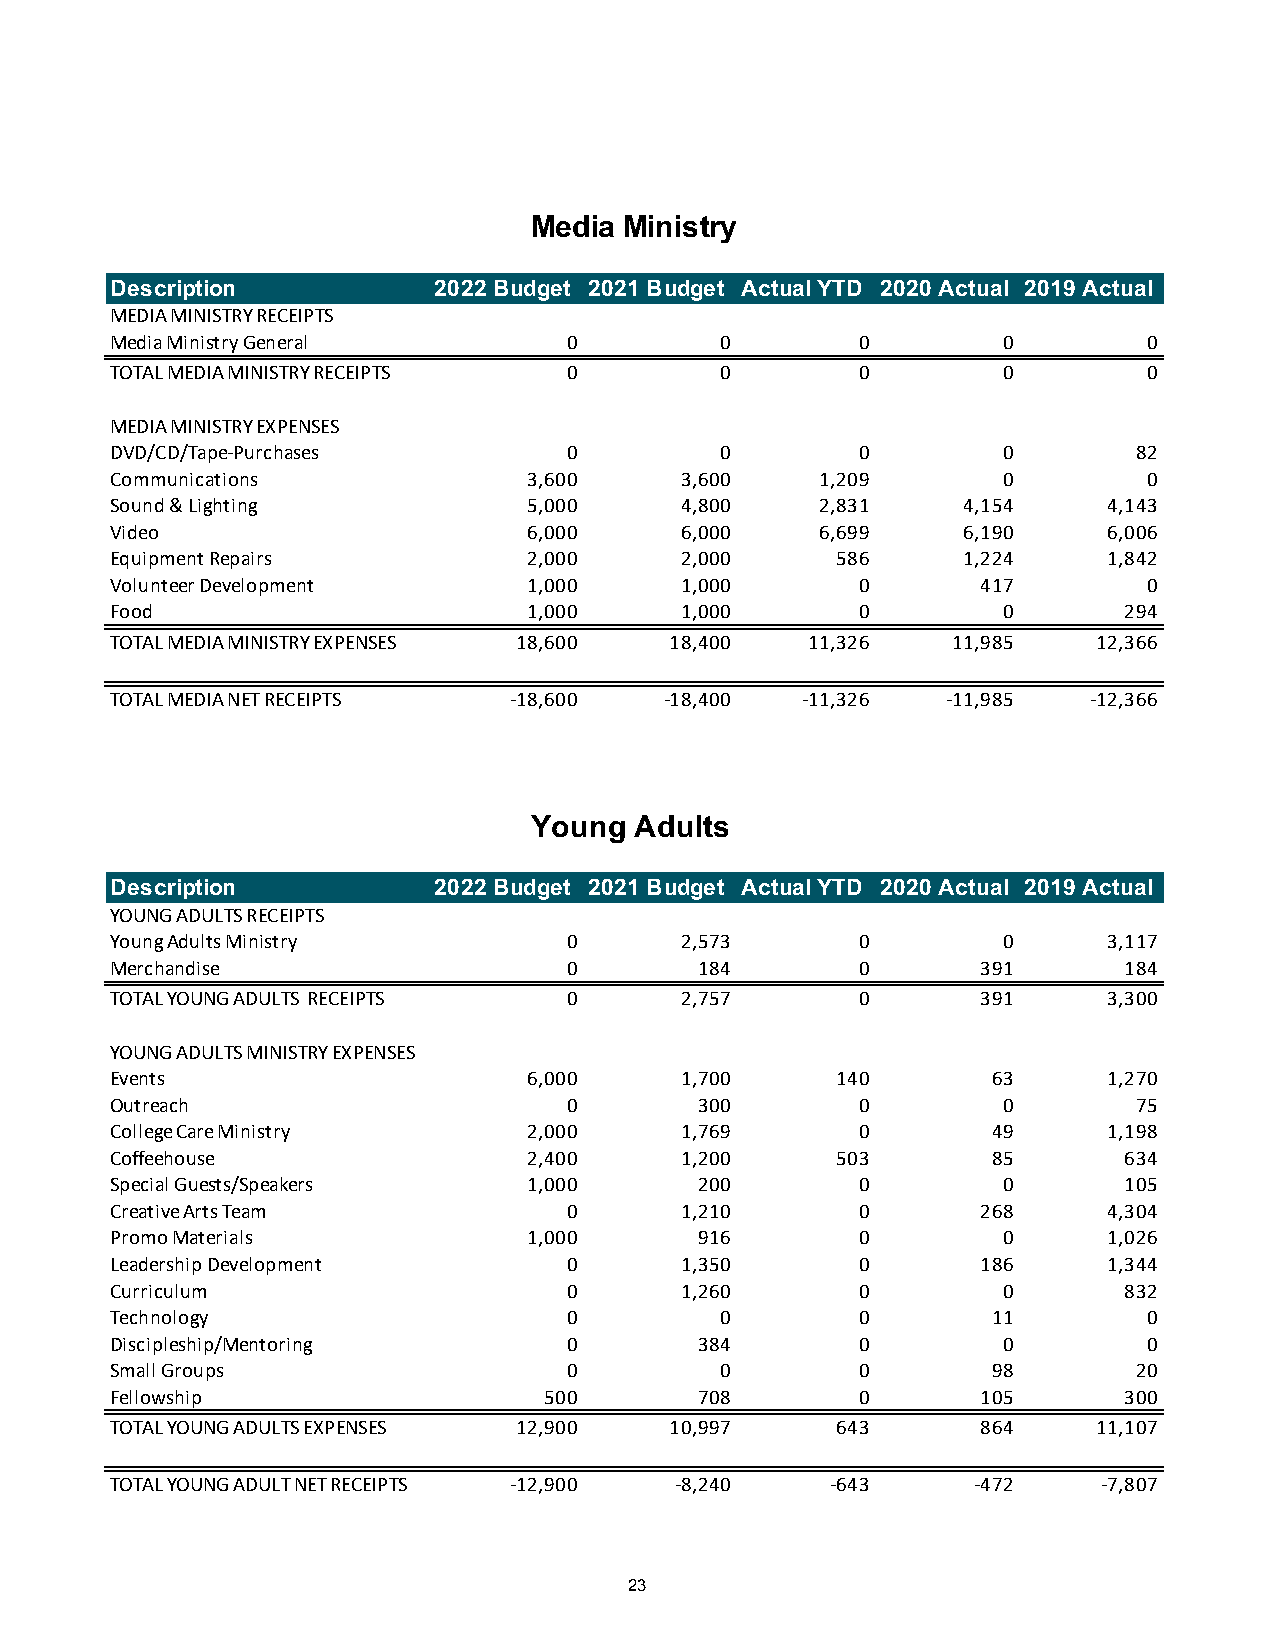
Media Ministry
 Description           2022 Budget 2021 Budget Actual YTD 2020 Actual 2019 Actual
 MEDIA MINISTRY RECEIPTS
 Media Ministry General         0         0        0        0         0
 TOTAL MEDIA MINISTRY RECEIPTS  0         0        0        0         0
 MEDIA MINISTRY EXPENSES
 DVD/CD/Tape-Purchases          0         0        0        0        82
 Communications              3,600     3,600    1,209       0         0
 Sound & Lighting            5,000     4,800    2,831     4,154    4,143
 Video                       6,000     6,000    6,699     6,190    6,006
 Equipment Repairs           2,000     2,000     586      1,224    1,842
 Volunteer Development       1,000     1,000       0       417        0
 Food                        1,000     1,000       0        0       294
 TOTAL MEDIA MINISTRY EXPENSES 18,600 18,400   11,326    11,985    12,366
 TOTAL MEDIA NET RECEIPTS   -18,600   -18,400  -11,326   -11,985  -12,366
 Young  Adults
 Description           2022 Budget 2021 Budget Actual YTD 2020 Actual 2019 Actual
 YOUNG ADULTS RECEIPTS
 Young Adults Ministry          0      2,573       0        0      3,117
 Merchandise                    0       184        0       391      184
 TOTAL YOUNG ADULTS RECEIPTS    0      2,757       0       391     3,300
 YOUNG ADULTS MINISTRY EXPENSES
 Events                      6,000     1,700     140        63     1,270
 Outreach                       0       300        0        0        75
 College Care Ministry       2,000     1,769       0        49     1,198
 Coffeehouse                 2,400     1,200     503        85      634
 Special Guests/Speakers     1,000      200        0        0       105
 Creative Arts Team             0      1,210       0       268     4,304
 Promo Materials             1,000      916        0        0      1,026
 Leadership Development         0      1,350       0       186     1,344
 Curriculum                     0      1,260       0        0       832
 Technology                     0         0        0        11        0
 Discipleship/Mentoring         0       384        0        0         0
 Small Groups                   0         0        0        98       20
 Fellowship                   500       708        0       105      300
 TOTAL YOUNG ADULTS EXPENSES 12,900   10,997     643       864     11,107
 TOTAL YOUNG ADULT NET RECEIPTS -12,900 -8,240   -643      -472    -7,807
 23